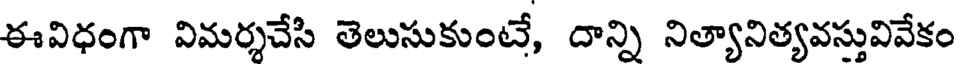
ఈవిధంగా విమర్శచేసి తెలుసుకుంటే, దాన్ని నిత్యానిత్యవస్తువివేకం